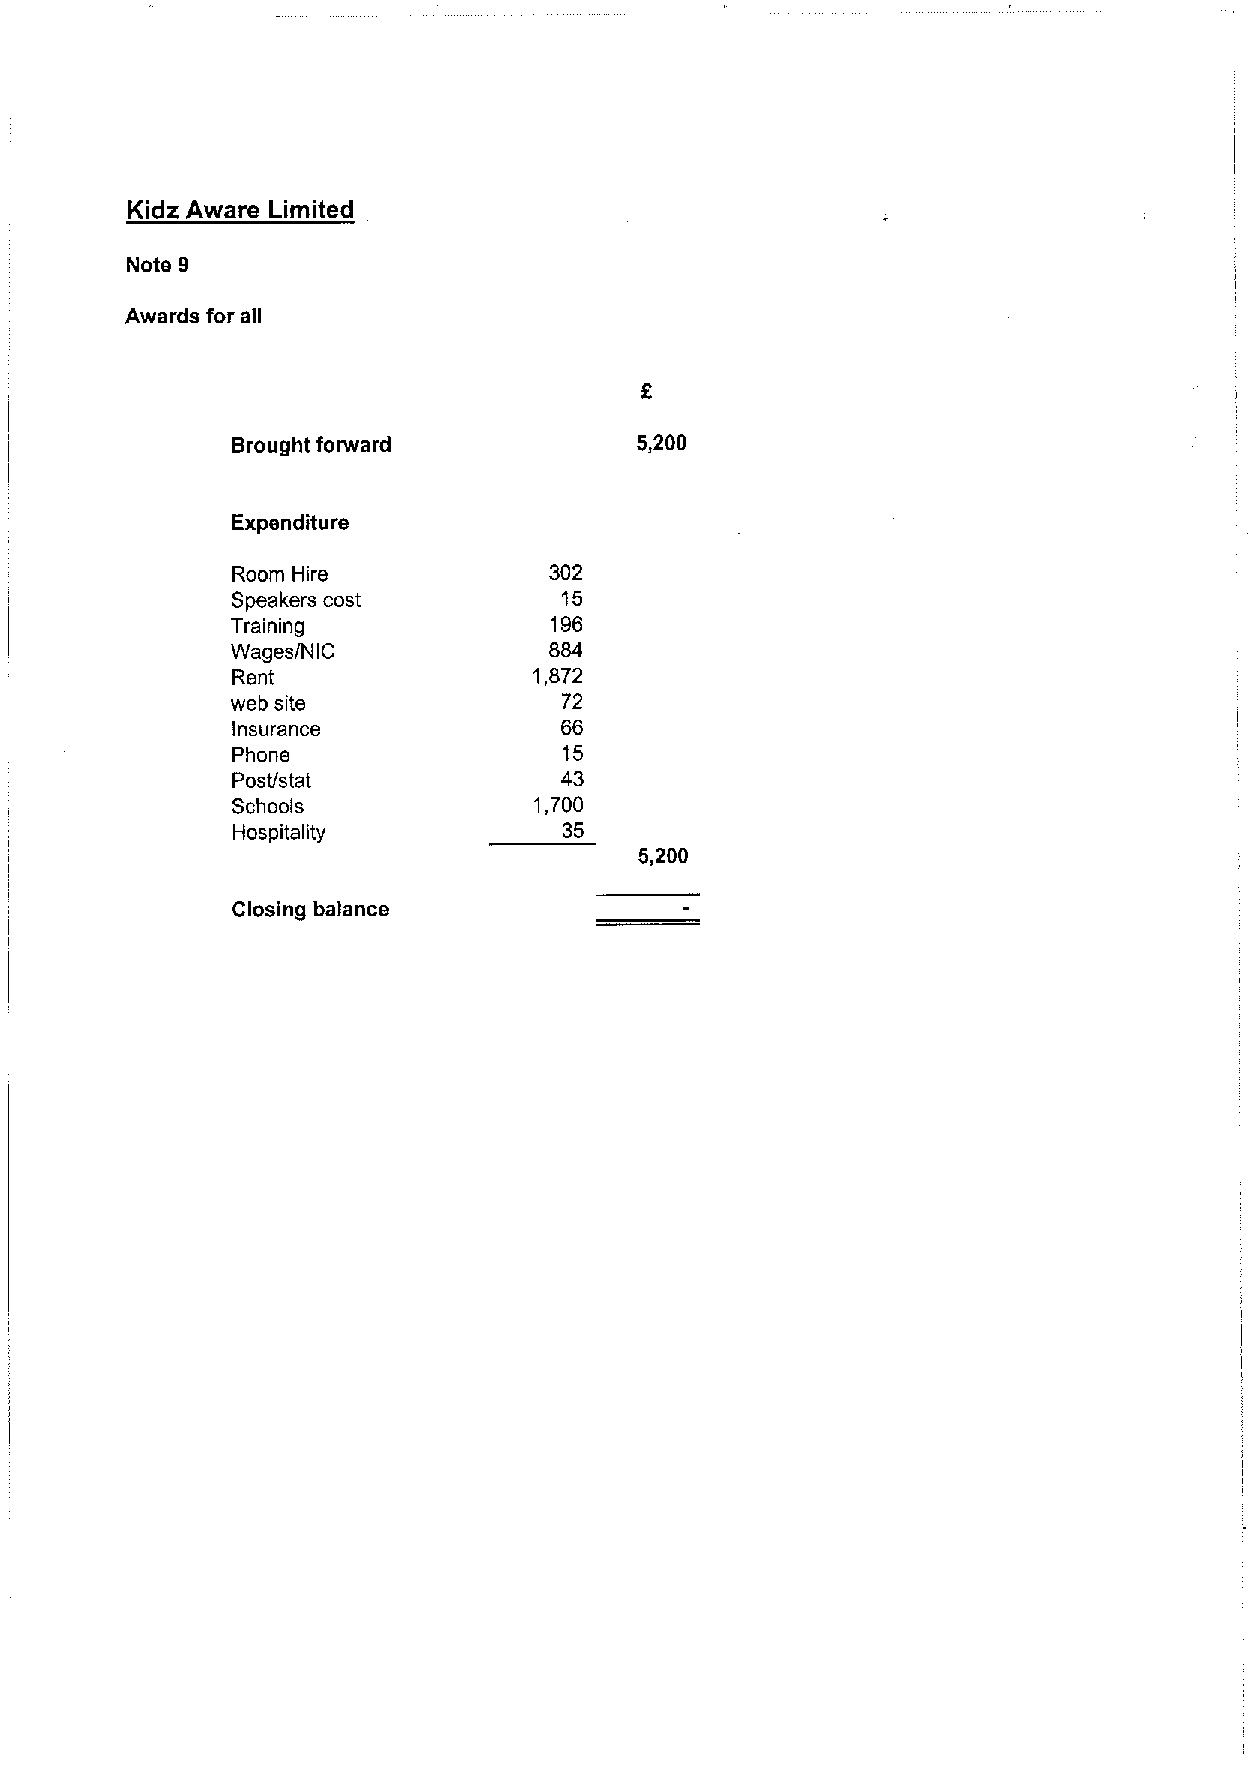
Kidz Aware Limited
 Note 9
 Awards for all
 Brought forward
 Expenditure
 Room Hire            302
 Speakers cost         15
 Training             196
 Wages/NIC            884
 Rent                1,872
 web site              72
 insurance             66
 Phone                 15
 Post/stat             43
 Schools             1,700
 Hospitality           35
 Closing balance